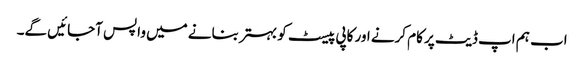
اب ہم اپ ڈیٹ پر کام کرنے اور کاپی پیسٹ کو بہتر بنانے میں واپس آجائیں گے۔